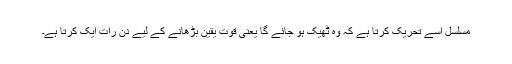
مسلسل اسے تحریک کرتا ہے کہ وہ ٹھیک ہو جائے گا یعنی قوتِ یقین بڑھانے کے لیے دن رات ایک کرتا ہے۔